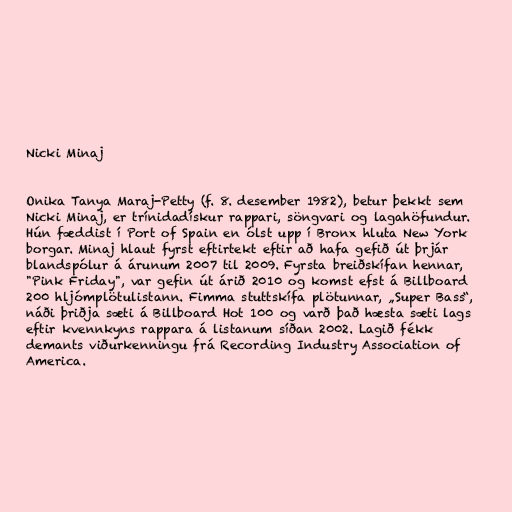
Nicki Minaj

Onika Tanya Maraj-Petty (f. 8. desember 1982), betur þekkt sem
Nicki Minaj, er trínidad­ískur rappari, söngvari og lagahöfundur.
Hún fæddist í Port of Spain en ólst upp í Bronx hluta New York
borgar. Minaj hlaut fyrst eftirtekt eftir að hafa gefið út þrjár
blandspólur á árunum 2007 til 2009. Fyrsta breiðskífan hennar,
"Pink Friday", var gefin út árið 2010 og komst efst á Billboard
200 hljómplötulistann. Fimma stuttskífa plötunnar, „Super Bass“,
náði þriðja sæti á Billboard Hot 100 og varð það hæsta sæti lags
eftir kvennkyns rappara á listanum síðan 2002. Lagið fékk
demants viðurkenningu frá Recording Industry Association of
America.